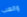
والعب